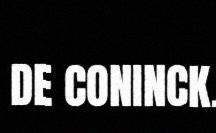
DE CONINCK.